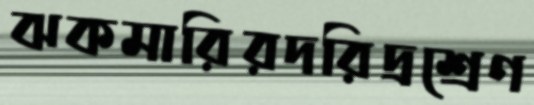
ঝকমারিরদরিদ্রশ্রেণ